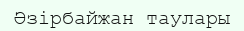
Әзірбайжан таулары